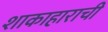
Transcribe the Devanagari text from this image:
शाकाहाराची